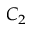
C _ { 2 }